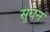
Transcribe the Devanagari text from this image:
सुघन